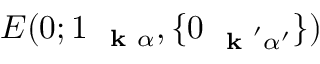
E ( 0 ; 1 _ { \mathrm { ~ \bf ~ k ~ } \alpha } , \{ 0 _ { \mathrm { ~ \bf ~ k ~ } ^ { \prime } \alpha ^ { \prime } } \} )